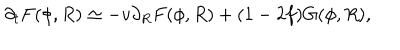
\partial _ { t } F ( \phi , R ) \simeq - v \partial _ { R } F ( \phi , R ) + ( 1 - 2 f ) G ( \phi , R ) ,